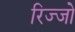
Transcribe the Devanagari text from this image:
रिज्‍जो